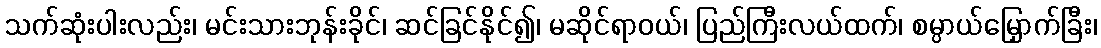
သက်ဆုံးပါးလည်း၊ မင်းသားဘုန်းခိုင်၊ ဆင်ခြင်နိုင်၍၊ မဆိုင်ရာဝယ်၊ ပြည်ကြီးလယ်ထက်၊ စမ္ပာယ်မြှောက်ခြီး၊